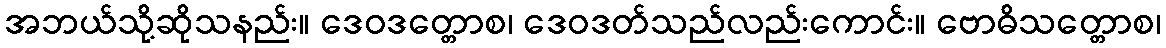
အဘယ်သို့ဆိုသနည်း။ ဒေဝဒတ္တောစ၊ ဒေဝဒတ်သည်လည်းကောင်း။ ဗောဓိသတ္တောစ၊